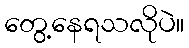
တွေ့နေရသလိုပဲ။